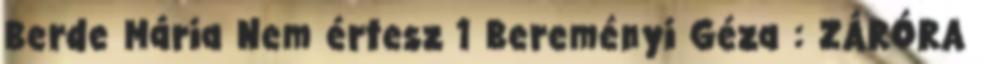
Berde Mária Nem értesz 1 Bereményi Géza : ZÁRÓRA